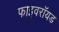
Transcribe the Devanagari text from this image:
फाइवरॉयड